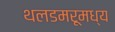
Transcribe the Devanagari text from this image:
थलडमरूमध्य